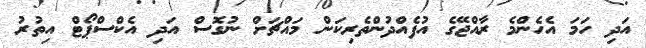
އަދި ހަމަ އެހެންމެ ރާއްޖޭގެ އުފެއްދުންތެރިކަން މައްޗަށް ނުގޮސް އަދި އެކްސްޕޯޓް އިތުރު